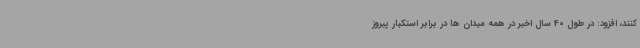
کنند، افزود: در طول 40 سال اخیر در همه میدان ها در برابر استکبار پیروز